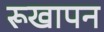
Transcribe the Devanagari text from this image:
रूखापन